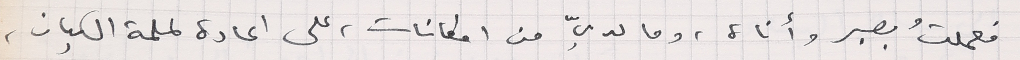
فعملتُ بصبر وأناة، وما لديّ من امكانات، على اعادة لملمة الكيان،